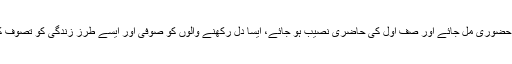
جنہیں یہ حضوری مل جائے اور صفِ اول کی حاضری نصیب ہو جائے، ایسا دل رکھنے والوں کو صوفی اور ایسے طرزِ زندگی کو تصوف کہتے ہیں۔